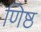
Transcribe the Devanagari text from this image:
णिष्ठ